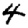
Digit: 4